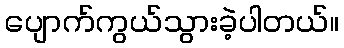
ပျောက်ကွယ်သွားခဲ့ပါတယ်။